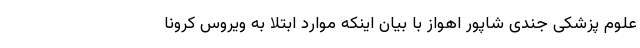
علوم پزشکی جندی شاپور اهواز با بیان اینکه موارد ابتلا به ویروس کرونا